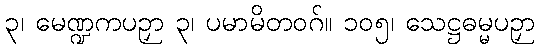
၃၊ မေဏ္ဍကပဉှာ ၃၊ ပမာမိတဝဂ်။ ၁၀၅၊ သေဋ္ဌဓမ္မပဉှာ